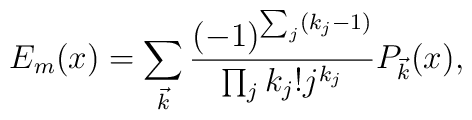
E_m (x) =\sum_{\vec k} {(-1)^{\sum_j (k_j-1)} \over \prod_j k_j! j^{k_j}} P_{\vec k}(x),